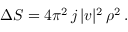
\Delta S = 4 \pi ^ { 2 } \, j \, | v | ^ { 2 } \, \rho ^ { 2 } \, .